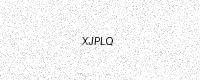
Text: XJPLQ